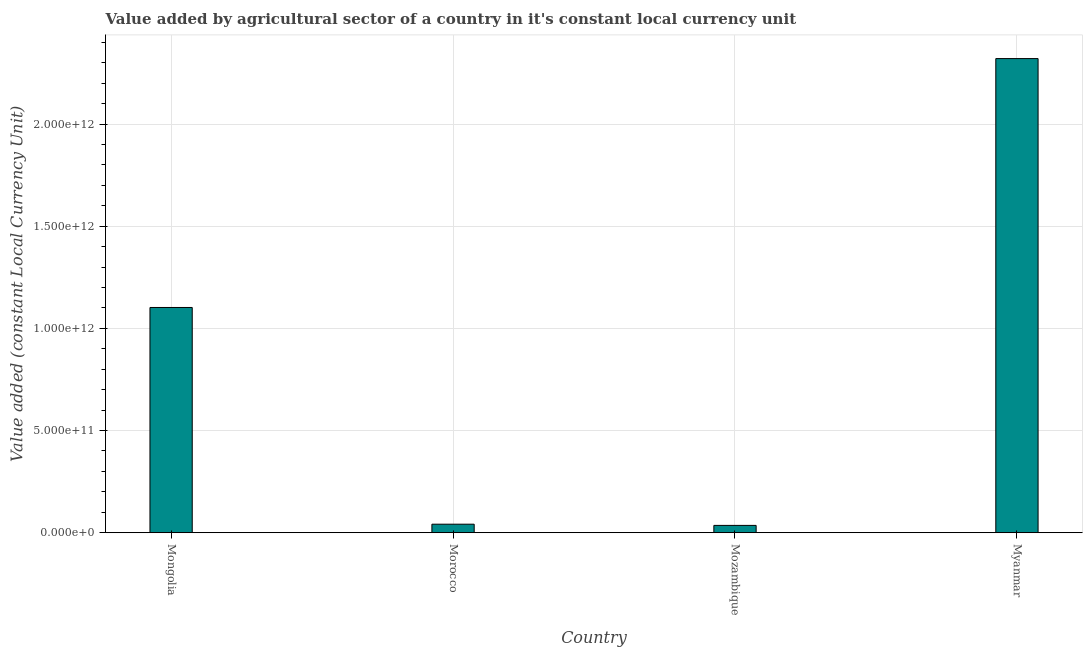
| Country | Agriculture |
 | --- | --- |
 | Mongolia | 1.1e+12 |
 | Morocco | 4.17e+10 |
 | Mozambique | 3.58e+10 |
 | Myanmar | 2.32e+12 |